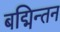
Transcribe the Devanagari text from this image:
बद्मिन्तन